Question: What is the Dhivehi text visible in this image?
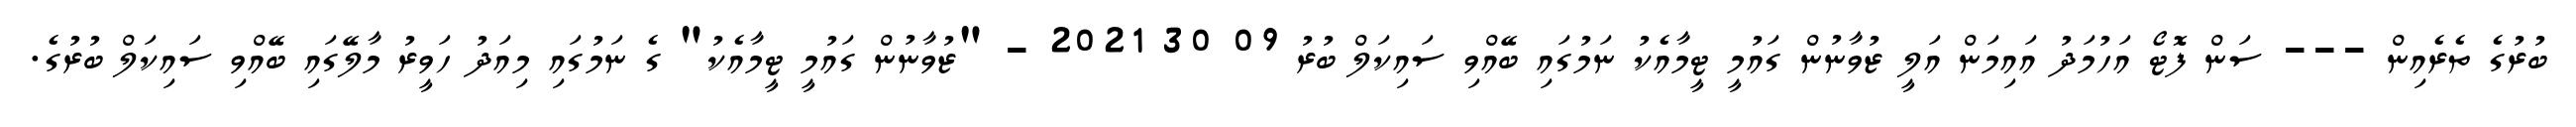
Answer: ބުރުގެ ތެރެއިން --- ސަން ފޮޓޯ އަހުމަދު އައިމަން އަލީ ޒުވާނުން ގައުމީ ޓީމާއެކު ނަމުގައި ބޭއްވި ސައިކަލް ބުރު 09 30 2021 - "ޒުވާނުން ގައުމީ ޓީމާއެކު" ގެ ނަމުގައި މިއަދު ހަވީރު މާލޭގައި ބޭއްވި ސައިކަލް ބުރުގެ.